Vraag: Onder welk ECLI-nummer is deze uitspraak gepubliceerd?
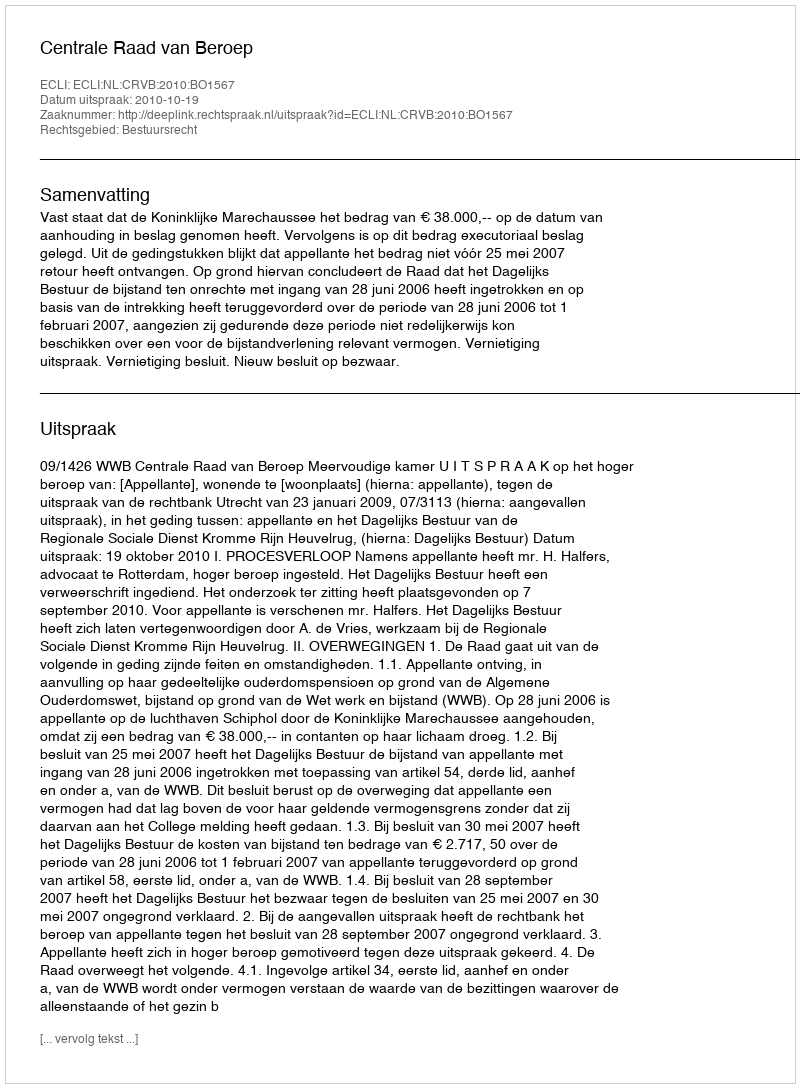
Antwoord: ECLI:NL:CRVB:2010:BO1567